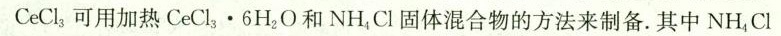
CeCl_{3}可用加热CeCl_{3}\cdot 6H_{2}O和NH_{4}Cl固体混合物的方法来制备。其中NH_{4}Cl